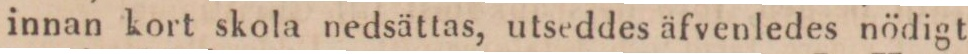
innan kort skola nedsättas, utseddes äfvenledes nödigt